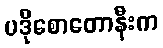
ပဒိုစောတောနီးက